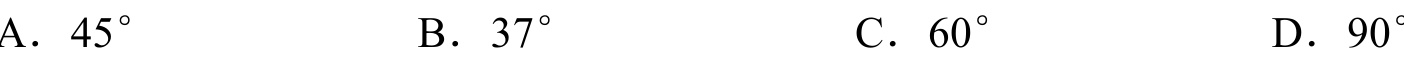
A．$45^{\circ}$
B．$37^{\circ}$
C．$60^{\circ}$
D．$90^{\circ}$